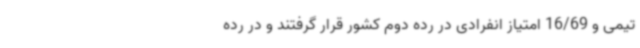
تیمی و 16/69 امتیاز انفرادی در رده دوم کشور قرار گرفتند و در رده